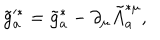
\tilde { g } _ { a } ^ { * } = \tilde { g } _ { a } ^ { * } - \partial _ { \mu } \tilde { A } _ { a } ^ { * \mu } ,